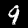
Digit: 9